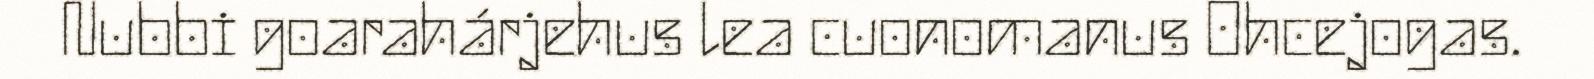
Nubbi goarahárjehus lea cuonomanus Ohcejogas.